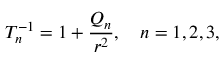
T _ { n } ^ { - 1 } = 1 + { \frac { { \cal Q } _ { n } } { r ^ { 2 } } } , \ \ \ n = 1 , 2 , 3 ,